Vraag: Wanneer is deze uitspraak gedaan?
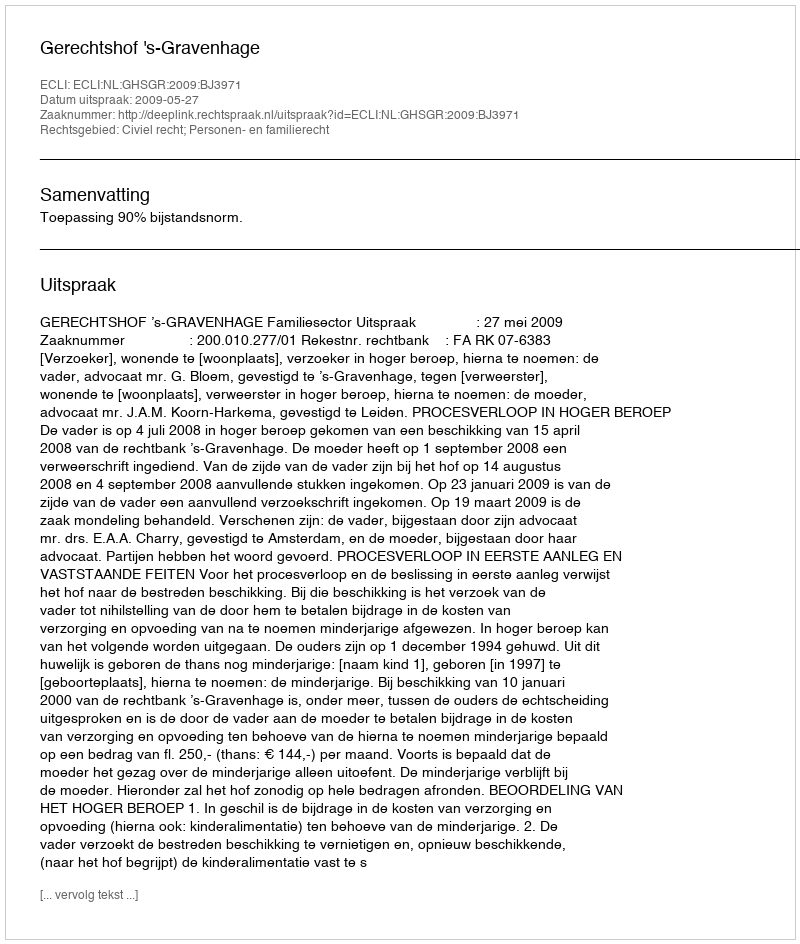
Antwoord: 2009-05-27